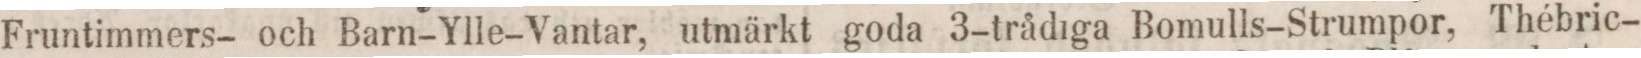
Fruntimmers- och Barn-Ylle-Vantar, utmärkt goda 3-trådiga Bomulls-Strumpor, Thébric-